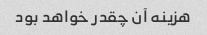
هزینه آن چقدر خواهد بود